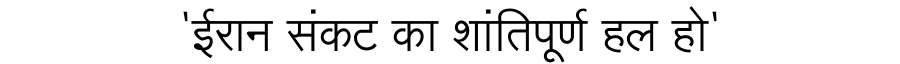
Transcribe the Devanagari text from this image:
'ईरान संकट का शांतिपूर्ण हल हो'